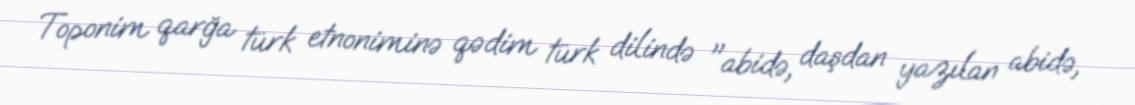
Toponim qarğa türk etnoniminə qədim türk dilində "abidə, daşdan yazılan abidə,